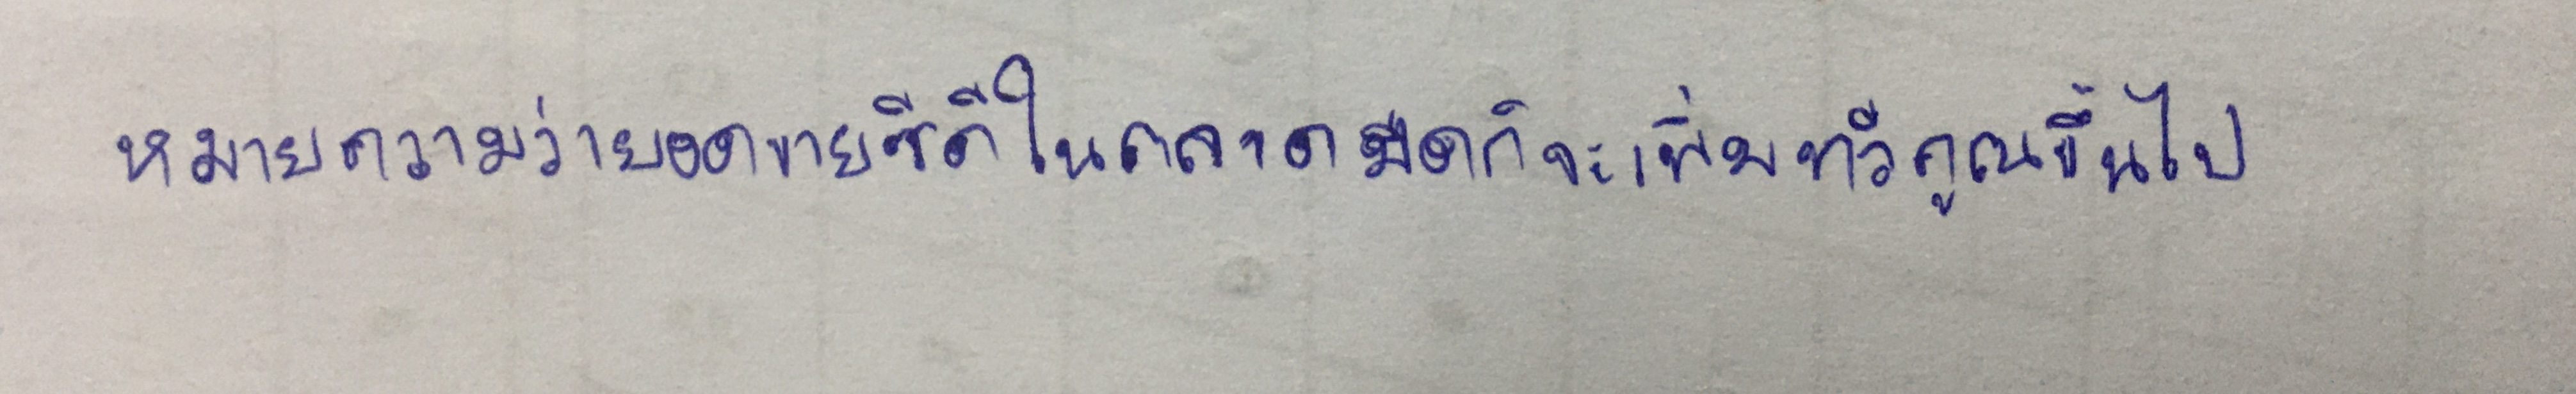
หมายความว่ายอดขายซีดีในตลาดมืดก็จะเพิ่มทวีคูณขึ้นไป"